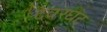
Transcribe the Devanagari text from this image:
देवरघट